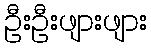
ဦးဦးဖျားဖျား